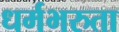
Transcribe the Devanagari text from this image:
धर्मभरुता